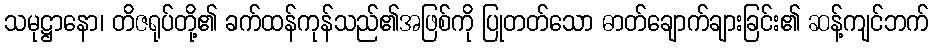
သမုဋ္ဌာနော၊ တိဇရုပ်တို့၏ ခက်ထန်ကုန်သည်၏အဖြစ်ကို ပြုတတ်သော ဓာတ်ချောက်ချားခြင်း၏ ဆန့်ကျင်ဘက်